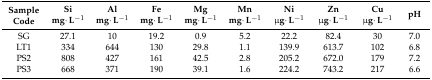
<table><thead><tr><td rowspan="2"><b>Sample Code</b></td><td><b>Si</b></td><td><b>Al</b></td><td><b>Fe</b></td><td><b>Mg</b></td><td><b>Mn</b></td><td><b>Ni</b></td><td><b>Zn</b></td><td><b>Cu</b></td><td rowspan="2"><b>pH</b></td></tr><tr><td><b>mg·L<sup>−1</sup></b></td><td><b>mg·L<sup>−1</sup></b></td><td><b>mg·L<sup>−1</sup></b></td><td><b>mg·L<sup>−1</sup></b></td><td><b>mg·L<sup>−1</sup></b></td><td><b>μg·L<sup>−1</sup></b></td><td><b>μg·L<sup>−1</sup></b></td><td><b>μg·L<sup>−1</sup></b></td></tr></thead><tbody><tr><td>SG</td><td>27.1</td><td>10</td><td>19.2</td><td>0.9</td><td>5.2</td><td>22.2</td><td>82.4</td><td>30</td><td>7.0</td></tr><tr><td>LT1</td><td>334</td><td>644</td><td>130</td><td>29.8</td><td>1.1</td><td>139.9</td><td>613.7</td><td>102</td><td>6.8</td></tr><tr><td>PS2</td><td>808</td><td>427</td><td>161</td><td>42.5</td><td>2.8</td><td>205.2</td><td>672.0</td><td>179</td><td>7.2</td></tr><tr><td>PS3</td><td>668</td><td>371</td><td>190</td><td>39.1</td><td>1.6</td><td>224.2</td><td>743.2</td><td>217</td><td>6.6</td></tr></tbody></table>